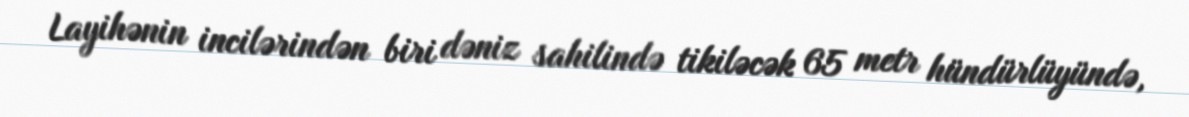
Layihənin incilərindən biri dəniz sahilində tikiləcək 65 metr hündürlüyündə,